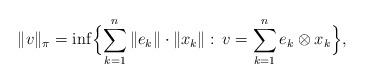
LaTeX: \begin{gather*}\lVert v\rVert_\pi=\inf \Bigl\{\sum\limits_{k=1}^n \|e_k\| \cdot \|x_k\|:\,v=\sum\limits_{k=1}^n e_k \otimes x_k \Bigr\},\end{gather*}